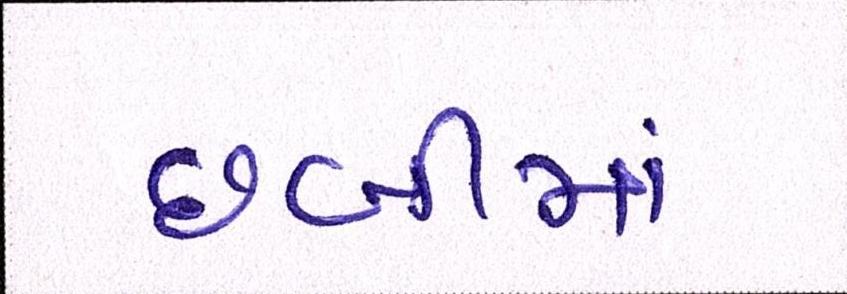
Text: છબીમાં